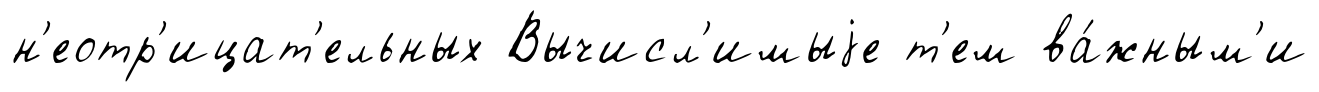
н'еотр'ицат'ельных Вычисл'имыjе т'ем ва́жным'и